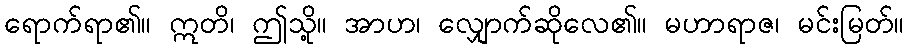
ရောက်ရာ၏။ ဣတိ၊ ဤသို့။ အာဟ၊ လျှောက်ဆိုလေ၏။ မဟာရာဇ၊ မင်းမြတ်။